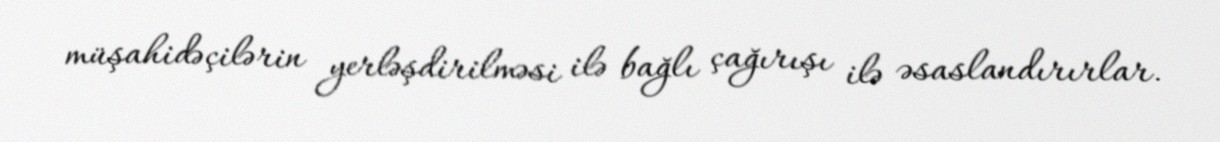
müşahidəçilərin yerləşdirilməsi ilə bağlı çağırışı ilə əsaslandırırlar.